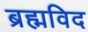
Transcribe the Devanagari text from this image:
ब्रह्मविद